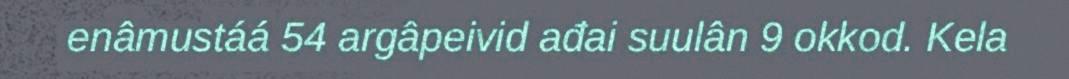
enâmustáá 54 argâpeivid ađai suulân 9 okkod. Kela